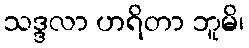
သဒ္ဒလာ ဟရိတာ ဘူမိ၊